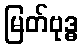
မြတ်ဗုဒ္ဓ